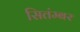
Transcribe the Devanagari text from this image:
सितंम्बर